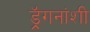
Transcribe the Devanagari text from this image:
ड्रॅगनांशी